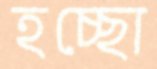
হচ্ছো